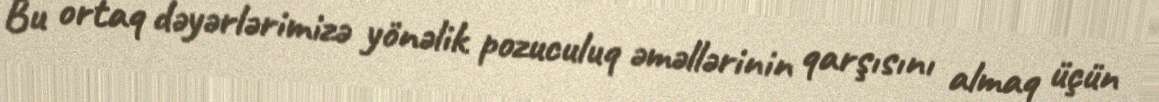
Bu ortaq dəyərlərimizə yönəlik pozuculuq əməllərinin qarşısını almaq üçün